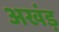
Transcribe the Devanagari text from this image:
अखंड़